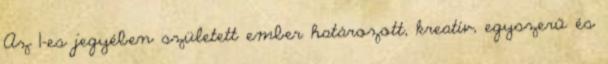
Az 1-es jegyében született ember határozott, kreatív, egyszerű és